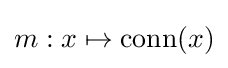
m:x\mapsto \mathrm {conn} (x)